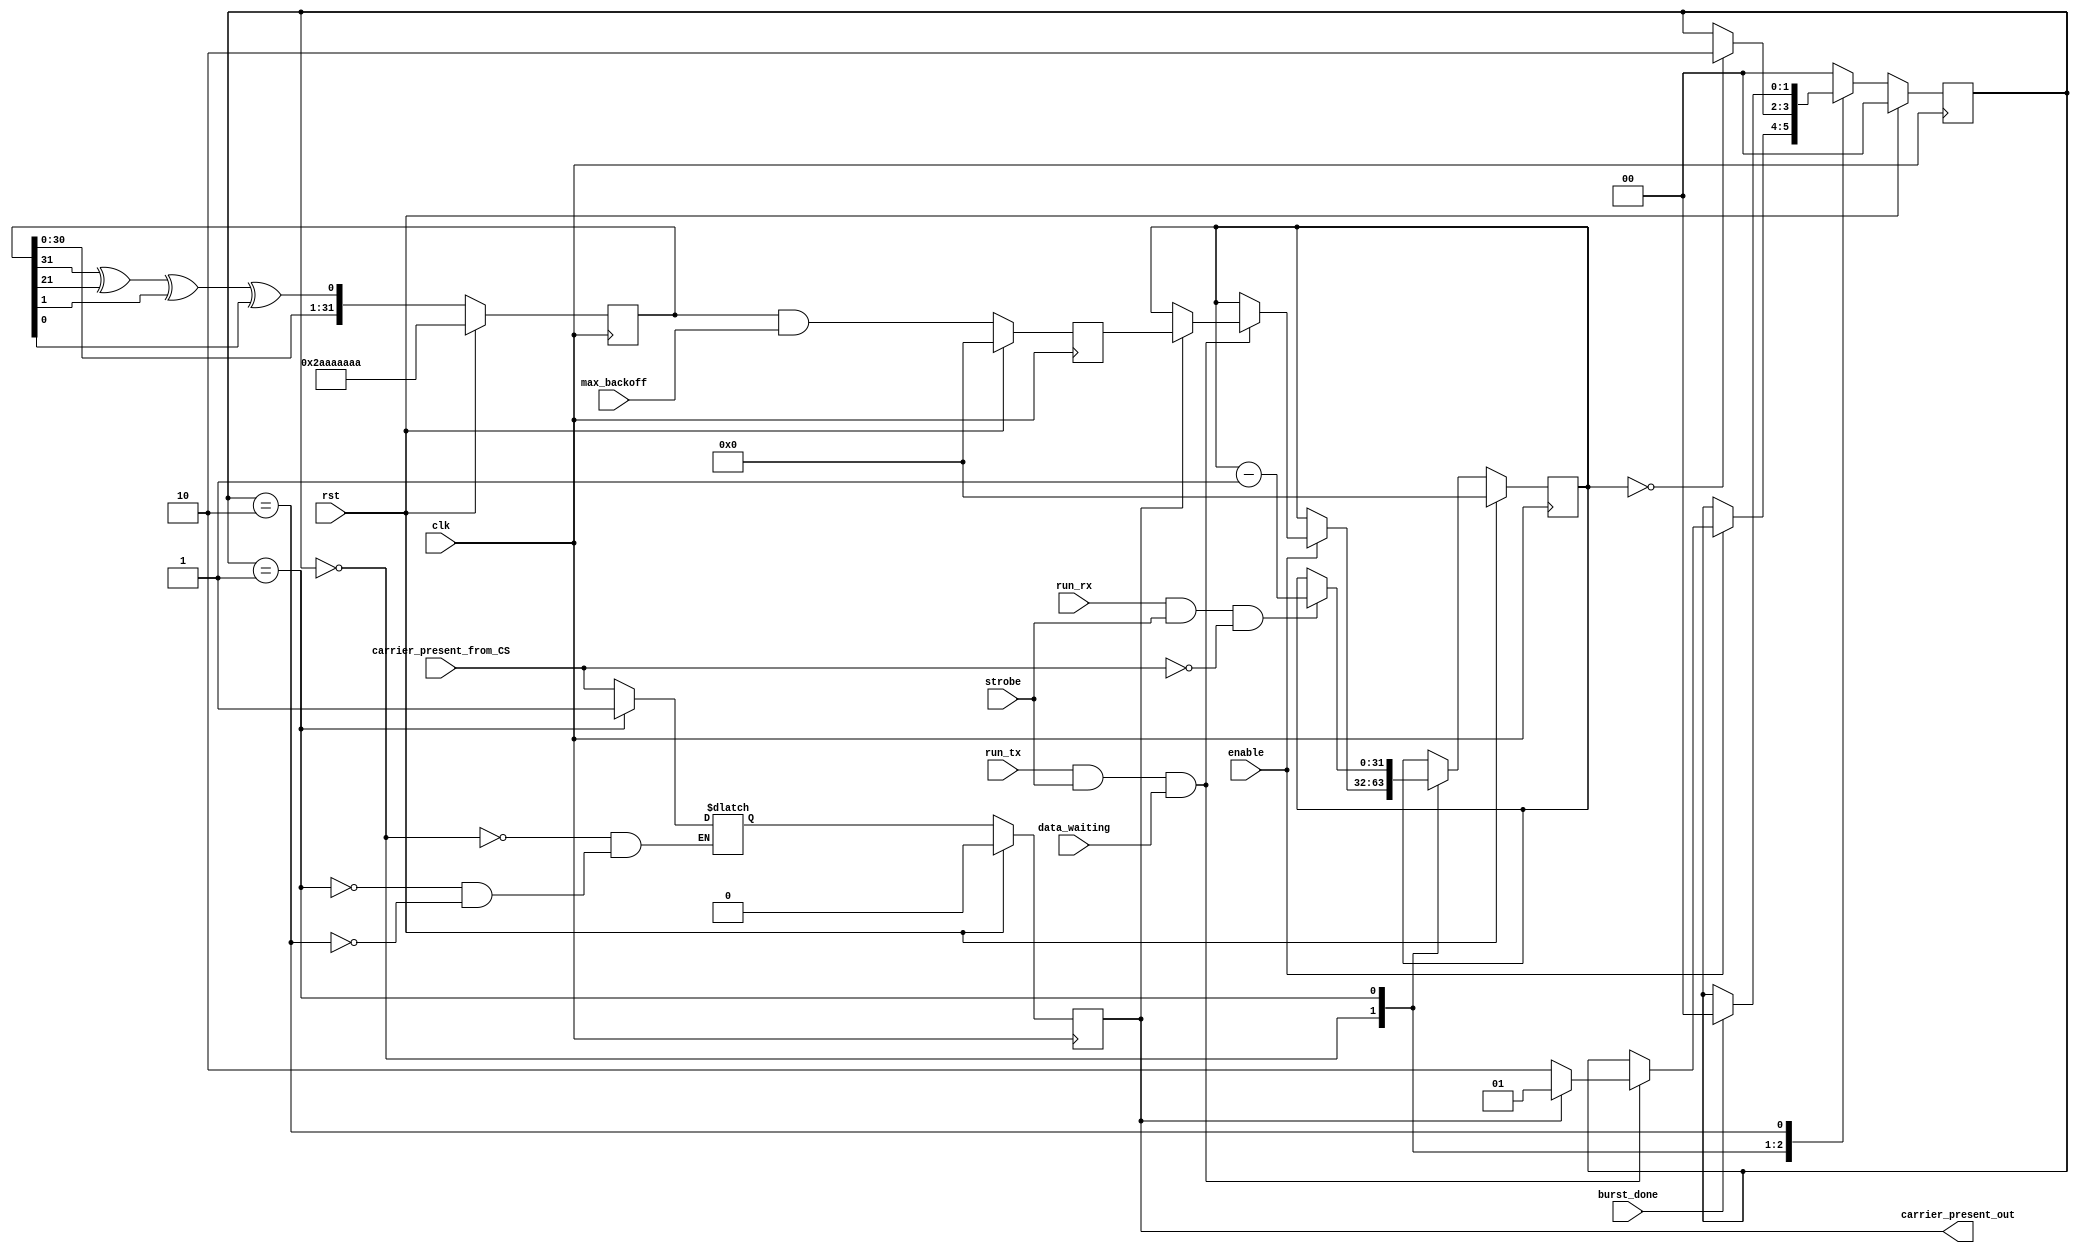
module backoff_generator(
    input clk, // clock signal
    input rst, // reset signal
    input strobe, // new data signal
    input enable, // enable backoff - otherwise just pass carrier_present
	 input run_tx,
	 input run_rx,
	 input burst_done,
	 input data_waiting, // data waiting in transmit queue
    input [31:0] max_backoff, // max random delay that can be applied to data
    input carrier_present_from_CS, // carrier found
    output reg carrier_present_out // output to tx chain
    );
	 parameter [1:0] IDLE=2'b00,
						  COUNTDOWN = 2'b01,
						  SENDING = 2'b10;
	 reg carrier_present_out_next;
	 reg [31:0] countdown, countdown_next; // the back off value being used
	 reg [31:0] random_number; // random number generator
	 reg [31:0] random_scaled; // scaled random number
	 reg [1:0] state, state_next;
	 
	 //clock block
	 always @(posedge clk)
	 begin
	   if(rst)
		begin
		  carrier_present_out <= 1'b0;
		  countdown <=31'b0;
		  random_number <=31'hAAAAAAAA;
		  random_scaled <=31'b0;
		  state <= IDLE;
		end
		else
		begin
		  carrier_present_out <= carrier_present_out_next;
		  countdown <= countdown_next;
		  random_number <= {random_number[30:0],(random_number[31]^random_number[21]^random_number[1]^random_number[0])}; //LFSR
		  random_scaled <=random_number&max_backoff;
		  state<=state_next;
		end
	 end
	 
	 
	 // Finite state machine to make the decisions
	 always @*
	 begin
	   state_next = state;
		countdown_next = countdown;
		
		case(state)
			IDLE:
			begin
			  if(enable)
			  begin
			    carrier_present_out_next = carrier_present_from_CS;
			    if(run_tx && strobe  && data_waiting )
				 begin
				   // TX chain wants to send
					if( carrier_present_out)
					begin
						state_next = COUNTDOWN;
						countdown_next = random_scaled;
					end
					else
					begin
					   state_next = SENDING;
					end
				 end
			  end
			  else
			  begin
			    // back off disabled just output carrier sense
			    carrier_present_out_next = carrier_present_from_CS;
			  end
			end
			COUNTDOWN:
			begin
			   carrier_present_out_next = 1'b1;
				if(run_rx&&strobe&&carrier_present_from_CS==1'b0)
				begin
				  // count how long the carrier sense stays low
				  countdown_next =countdown-1;
				end
				if(countdown ==31'b0)
				begin
				  // if backoff expires send
				  state_next =SENDING;
				end
			end
			SENDING:
			begin
			   carrier_present_out_next = carrier_present_from_CS;
			  if(burst_done)
			   state_next = IDLE;
			end
			default:
			begin
			  state_next=IDLE;
			end
		endcase
	 end
	 


endmodule